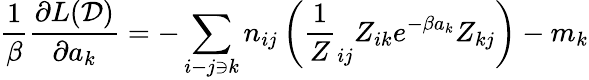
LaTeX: \frac 1\beta\frac{\partial L(\mathcal D)}{\partial a_{k}}=-\sum_{i-j\ni k}n_{ij}\left(\frac 1Z_{ij}Z_{ik}e^{-\beta a_{k}}Z_{kj}\right)-m_{k}